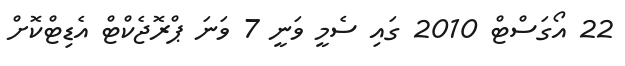
22 އޯގަސްޓް 2010 ގައި ސެމީ ވަނީ 7 ވަނަ ޕްރޮޖެކްޓް އެޑިޓްކޮށް